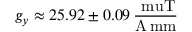
g _ { y } \approx 2 5 . 9 2 \pm 0 . 0 9 \, \frac { \mathrm { \ m u T } } { { \mathrm { A \, m m } } }